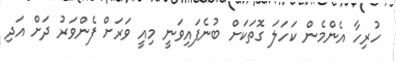
ހުރިހާ އެންމެން ކަހަލަ ގޮތަކަށް ބުނެފައިވަނީ މިއީ ވަރަށް ފެންވަރު ދަށް އަދި